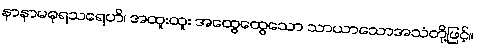
နာနာမဓုရသရေဟိ၊ အထူးထူး အထွေထွေသော သာယာသောအသံတို့ဖြင့်။